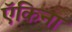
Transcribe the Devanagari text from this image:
ऍकिना